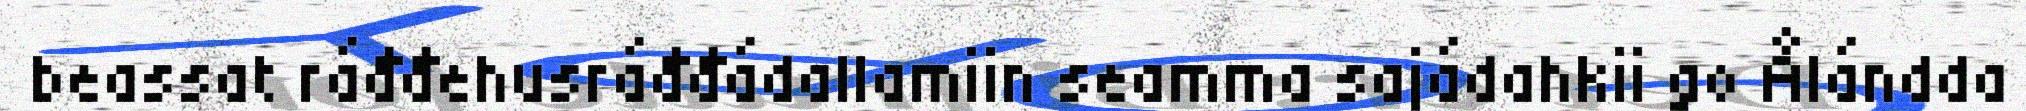
beassat ráđđehusráđđádallamiin seamma sajádahkii go Ålándda